Annual administration report of the Civil Veterinary Department of India - 1897-1898
Year: 1897
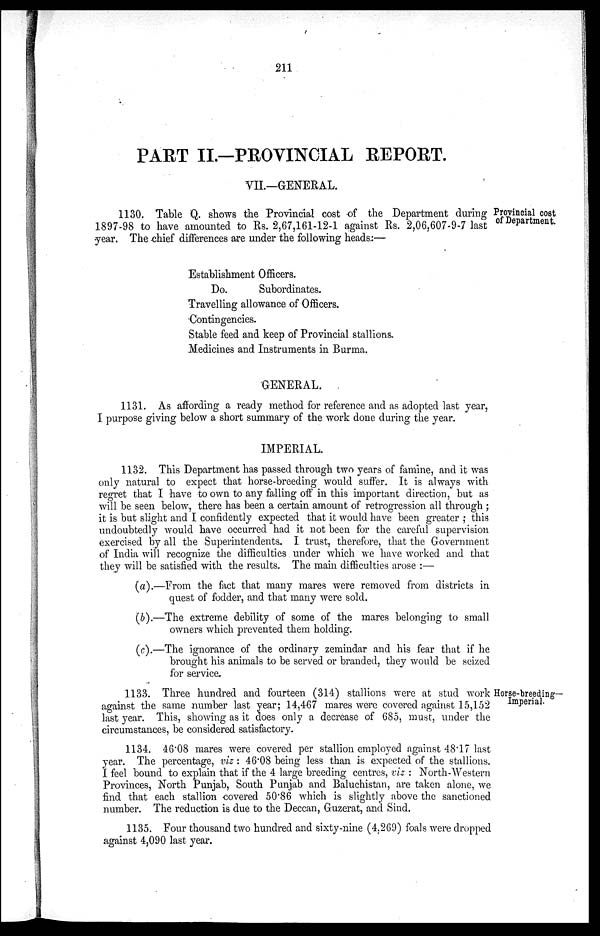
211
PART II.—PROVINCIAL REPORT.
VII.—GENERAL.
Provincial cost
of Department.
1130. Table Q. shows the Provincial cost of the Department during
1897-98 to have amounted to Rs. 2,67,161-12-1 against Rs. 2,06,607-9-7 last
year. The chief differences are under the following heads:—
Establishment Officers.
Do.
Subordinates.
Travelling allowance of Officers.
Contingencies.
Stable feed and keep of Provincial stallions.
Medicines and Instruments in Burma.
GENERAL.
1131. As affording a ready method for reference and as adopted last year,
I purpose giving below a short summary of the work done during the year.
IMPERIAL.
1132. This Department has passed through two years of famine, and it was
only natural to expect that horse-breeding would suffer. It is always with
regret that I have to own to any falling off in this important direction, but as
will be seen below, there has been a certain amount of retrogression all through;
it is but slight and I confidently expected that it would have been greater; this
undoubtedly would have occurred had it not been for the careful supervision
exercised by all the Superintendents. I trust, therefore, that the Government
of India will recognize the difficulties under which we have worked and that
they will be satisfied with the results. The main difficulties arose:—
(a).—From the fact that many mares were removed from districts in
quest of fodder, and that many were sold.
(b).—The extreme debility of some of the mares belonging to small
owners which prevented them holding.
(c).—The ignorance of the ordinary zemindar and his fear that if he
brought his animals to be served or branded, they would be seized
for service.
Horse-breeding—
Imperial.
1133. Three hundred and fourteen (314) stallions were at stud work
against the same number last year; 14,467 mares were covered against 15,152
last year. This, showing as it does only a decrease of 685, must, under the
circumstances, be considered satisfactory.
1134. 46.08 mares were covered per stallion employed against 48.17 last
year. The percentage, viz: 46.08 being less than is expected of the stallions.
I feel bound to explain that if the 4 large breeding centres, viz: North-Western
Provinces, North Punjab, South Punjab and Baluchistan, are taken alone, we
find that each stallion covered 50.86 which is slightly above the sanctioned
number. The reduction is due to the Deccan, Guzerat, and Sind.
1135. Four thousand two hundred and sixty-nine (4.269) foals were dropped
against 4,090 last year.